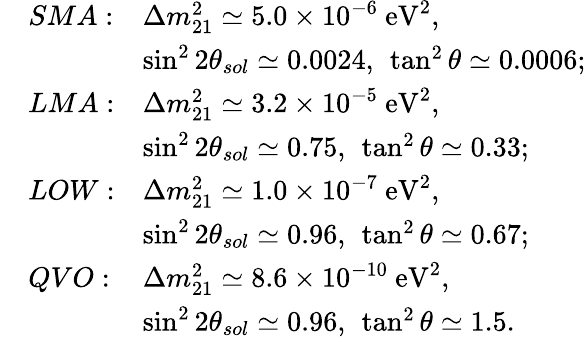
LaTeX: \begin{array}{rll}{{}}&{{SMA:}}&{{\Delta m_{21}^{2}\simeq 5.0\times 10^{-6}\ \mathrm{eV^{2}},}}\\ {{}}&{{}}&{{\sin^{2}2\theta_{sol}\simeq 0.0024,\ \tan^{2}\theta\simeq 0.0006;}}\\ {{}}&{{LMA:}}&{{\Delta m_{21}^{2}\simeq 3.2\times 10^{-5}\ \mathrm{eV^{2}},}}\\ {{}}&{{}}&{{\sin^{2}2\theta_{sol}\simeq 0.75,\ \tan^{2}\theta\simeq 0.33;}}\\ {{}}&{{LOW:}}&{{\Delta m_{21}^{2}\simeq 1.0\times 10^{-7}\ \mathrm{eV^{2}},}}\\ {{}}&{{}}&{{\sin^{2}2\theta_{sol}\simeq 0.96,\ \tan^{2}\theta\simeq 0.67;}}\\ {{}}&{{QVO:}}&{{\Delta m_{21}^{2}\simeq 8.6\times 10^{-10}\ \mathrm{eV^{2}},}}\\ {{}}&{{}}&{{\sin^{2}2\theta_{sol}\simeq 0.96,\ \tan^{2}\theta\simeq 1.5.}}\end{array}